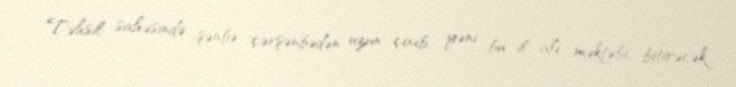
Təhsil sahəsində şənbə çərşənbədən uzun çıxıb, yəni bu il ali məktəbi bitirəcək